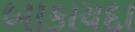
બાકાયદા